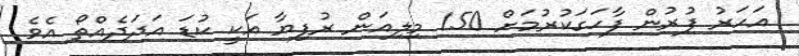
އަހަރު ފުރުން ފާހަގަކުރުމަށް 150 މިލިއަން ރުފިޔާ އަކީ ކުޑަ އަދަދެއްތޯ އެވެ